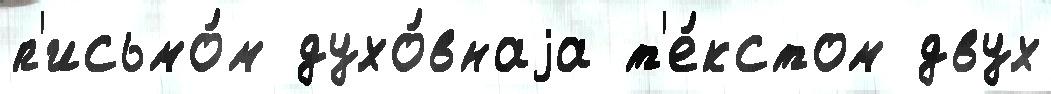
п'исьмо́м духо́внаjа т'е́кстом двух